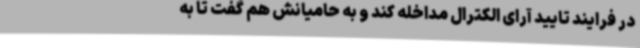
در فرایند تایید آرای الکترال مداخله کند و به حامیانش هم گفت تا به